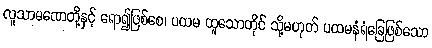
လူသာမဏေတို့နှင့် ရော၍ဖြစ်စေ၊ ပထမ ထူသောတိုင် သို့မဟုတ် ပထမနံရံခြေဖြစ်သော